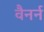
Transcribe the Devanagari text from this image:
वैनर्न